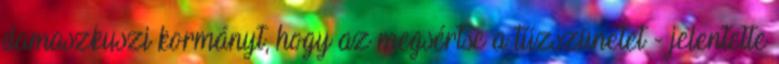
damaszkuszi kormányt, hogy az megsértse a tűzszünetet - jelentette